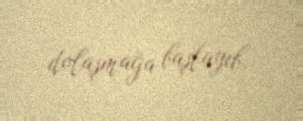
dolaşmağa başlayıb.